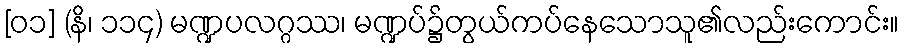
[၀၁] (နိ၊ ၁၁၄) မဏ္ဍပလဂ္ဂဿ၊ မဏ္ဍပ်၌တွယ်ကပ်နေသောသူ၏လည်းကောင်း။